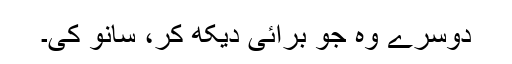
دوسرے وہ جو برائی دیکھ کر، سانو کی۔